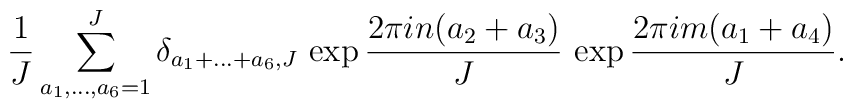
\frac{1}{J}\sum_{a_1,\ldots,a_6=1}^{J}\delta_{a_1+\ldots+a_6,J}\,\exp \frac{2\pi i n (a_2+a_3)}{J}\,\exp \frac{2\pi i m (a_1+a_4)}{J}.